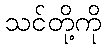
သင်တို့ကို